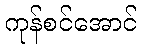
ကုန်စင်အောင်